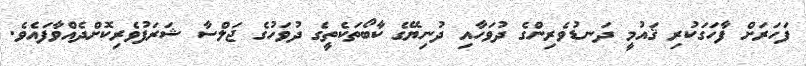
ފަހަރަށް ފާހަގަކުރި ޤައުމީ ދަނޑުވެރިންގެ ދުވަހާއި ދުނިޔޭގެ ކާބޯތަކެތީގެ ދުވަހުގެ ޖަލްސާ ޝަރަފުވެރިކޮށްދެއްވާފައެވެ.